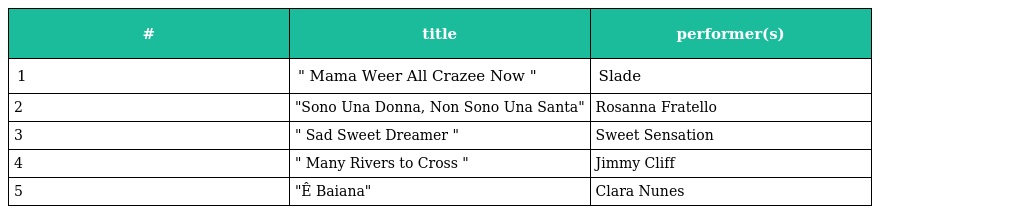
| # | title | performer(s) |
 | --- | --- | --- |
 | 1 | " Mama Weer All Crazee Now " | Slade |
 | 2 | "Sono Una Donna, Non Sono Una Santa" | Rosanna Fratello |
 | 3 | " Sad Sweet Dreamer " | Sweet Sensation |
 | 4 | " Many Rivers to Cross " | Jimmy Cliff |
 | 5 | "Ê Baiana" | Clara Nunes |